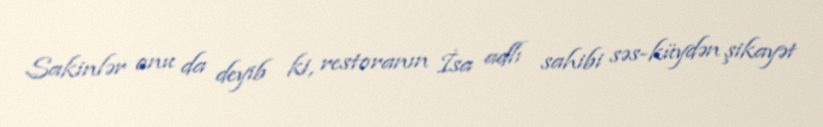
Sakinlər onu da deyib ki, restoranın İsa adlı sahibi səs-küydən şikayət